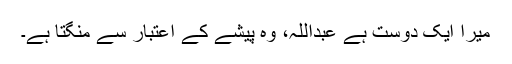
میرا ایک دوست ہے عبداللہ، وہ پیشے کے اعتبار سے منگتا ہے۔